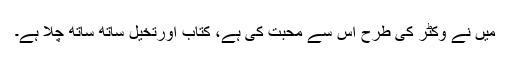
میں نے وکٹر کی طرح اس سے محبت کی ہے، کتاب اورتخیل ساتھ ساتھ چلا ہے۔